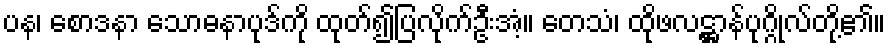
ပန၊ စောဒနာ သောဓနာပုဒ်ကို ထုတ်၍ပြလိုက်ဦးအံ့။ တေသံ၊ ထိုဖလဋ္ဌာန်ပုဂ္ဂိုလ်တို့၏။